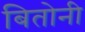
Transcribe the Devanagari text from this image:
बितोनी